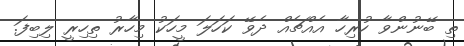
ތި ބޭނުންވާ ހުރިހާ އެއްޗެއް ދެވޭ ކަހަލަ މީހަކު މިހާރު ތިހިރީ ލިބިފަ.